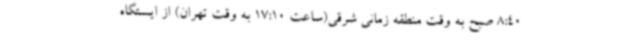
8:40 صبح به وقت منطقه زمانی شرقی(ساعت 17:10 به وقت تهران) از ایستگاه